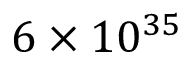
6 \times 1 0 ^ { 3 5 }